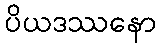
ပိယဒဿနော